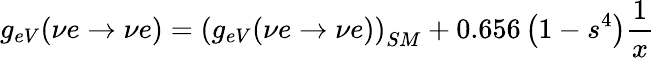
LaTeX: g_{eV}(\nu e\rightarrow\nu e)=\left(g_{eV}(\nu e\rightarrow\nu e)\right)_{SM}+0.656\left(1-s^{4}\right){\frac{1}{x}}